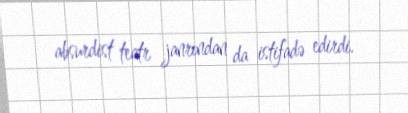
absurdist teatr janrından da istifadə edirdi.